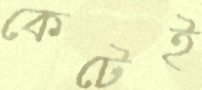
কেটেই